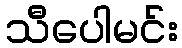
သီပေါမင်း